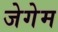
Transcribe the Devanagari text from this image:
जेगेम